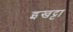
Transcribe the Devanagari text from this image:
इखट्टा